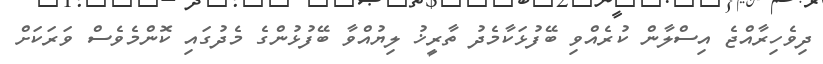
ދިވެހިރާއްޖެ އިސްލާން ކުރެއްވި ބޭފުޅަކާމެދު ތާރީޚު ލިޔުއްވާ ބޭފުޅުންގެ މެދުގައި ކޮންމެވެސް ވަރަކަށް